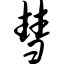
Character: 彗